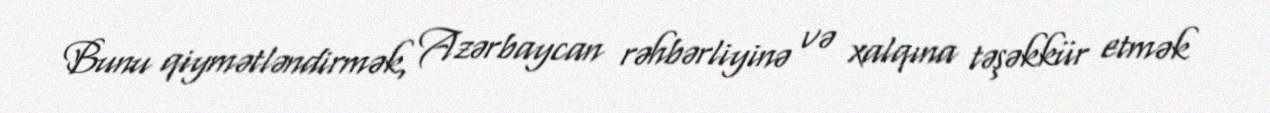
Bunu qiymətləndirmək, Azərbaycan rəhbərliyinə və xalqına təşəkkür etmək